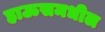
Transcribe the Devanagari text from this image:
हाऊसमधील